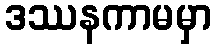
ဒဿနကာမမှာ